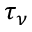
\tau _ { \nu }